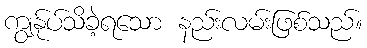
ကျွန်ုပ်သိခဲ့ရသော နည်းလမ်းဖြစ်သည်။